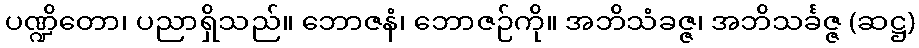
ပဏ္ဍိတော၊ ပညာရှိသည်။ ဘောဇနံ၊ ဘောဇဉ်ကို။ အဘိသံခဇ္ဇ၊ အဘိသင်္ခဇ္ဇ (ဆဋ္ဌ)